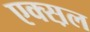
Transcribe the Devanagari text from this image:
एक्स़ल